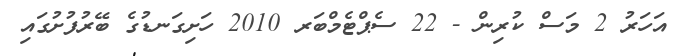
އަހަރު 2 މަސް ކުރިން - 22 ސެޕްޓެމްބަރ 2010 ހަށިގަނޑުގެ ބޭރުފުށުގައި